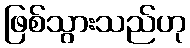
ဖြစ်သွားသည်ဟု